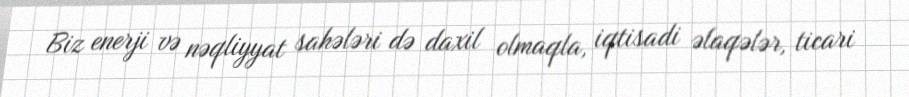
Biz enerji və nəqliyyat sahələri də daxil olmaqla, iqtisadi əlaqələr, ticari